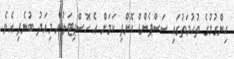
ހިންގުމުގެ ތުހުމަތުގައި ސަސްޕެންޑް ކޮށްފި ކަމަށް އެ ހޮސްޕިޓަލުން މިއަދު ބުނެފި އެވެ.